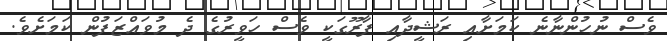
ވެސް ނުހުންނާނެ ކަމަށާއި ރަޝީދާއި ފާރޫގަކީ ވެސް ހަވީރުގެ ދެ މުވައްޒަފުން ކަމަށެވެ.